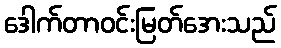
ဒေါက်တာဝင်းမြတ်အေးသည်